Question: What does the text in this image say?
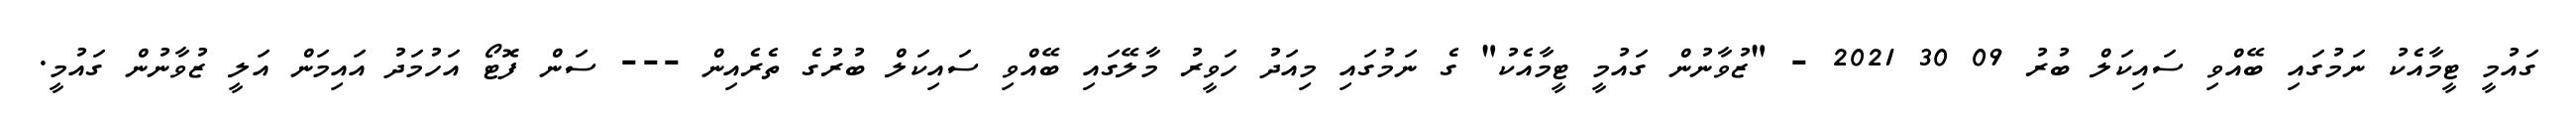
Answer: ގައުމީ ޓީމާއެކު ނަމުގައި ބޭއްވި ސައިކަލް ބުރު 09 30 2021 - "ޒުވާނުން ގައުމީ ޓީމާއެކު" ގެ ނަމުގައި މިއަދު ހަވީރު މާލޭގައި ބޭއްވި ސައިކަލް ބުރުގެ ތެރެއިން --- ސަން ފޮޓޯ އަހުމަދު އައިމަން އަލީ ޒުވާނުން ގައުމީ.